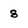
Character: 8